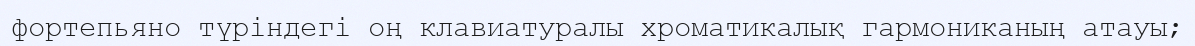
фортепьяно түріндегі оң клавиатуралы хроматикалық гармониканың атауы;